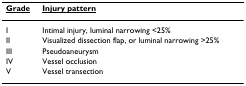
<table><thead><tr><td><b><underline>Grade</underline></b></td><td><b><underline>Injury pattern</underline></b></td></tr></thead><tbody><tr><td>I</td><td>Intimal injury, luminal narrowing &lt;25%</td></tr><tr><td>II</td><td>Visualized dissection flap, or luminal narrowing &gt;25%</td></tr><tr><td>III</td><td>Pseudoaneurysm</td></tr><tr><td>IV</td><td>Vessel occlusion</td></tr><tr><td>V</td><td>Vessel transection</td></tr></tbody></table>